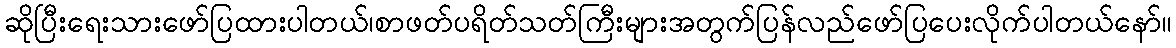
ဆိုပြီးရေးသားဖော်ပြထားပါတယ်၊စာဖတ်ပရိတ်သတ်ကြီးများအတွက်ပြန်လည်ဖော်ပြပေးလိုက်ပါတယ်နော်။